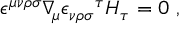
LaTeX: \epsilon ^ { \mu \nu \rho \sigma } \nabla _ { \! \mu } { \epsilon _ { \nu \rho \sigma } } ^ { \tau } H _ { \tau } = 0 \ ,